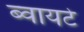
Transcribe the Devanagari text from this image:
ब्वायटे